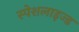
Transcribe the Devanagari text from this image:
स्पेशलाइज्ड